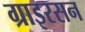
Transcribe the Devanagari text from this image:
ग्राइरसन